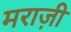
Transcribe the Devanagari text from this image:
मराज़ी